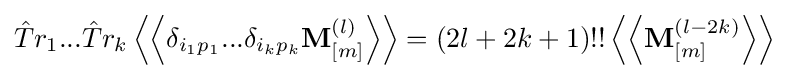
{\hat {T}}r_{1}...{\hat {T}}r_{k}\left\langle \left\langle \delta _{i_{1}p_{1}}...\delta _{i_{k}p_{k}}\mathbf {M} _{[m]}^{(l)}\right\rangle \right\rangle =(2l+2k+1)!!\left\langle \left\langle \mathbf {M} _{[m]}^{(l-2k)}\right\rangle \right\rangle